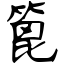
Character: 篦